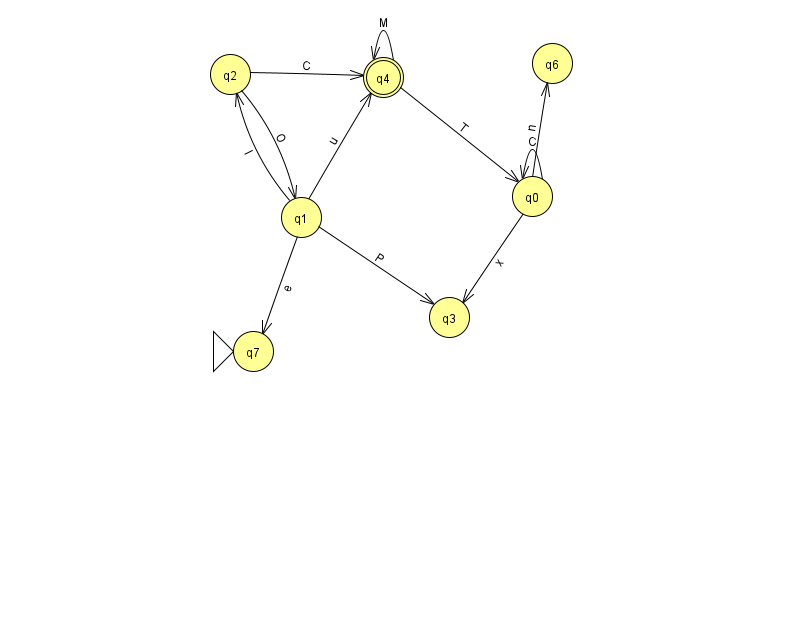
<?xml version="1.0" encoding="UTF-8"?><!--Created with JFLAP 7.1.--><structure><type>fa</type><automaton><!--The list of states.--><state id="0" name="q0"><x>532.0</x><y>183.0</y></state><state id="1" name="q1"><x>301.0</x><y>204.0</y></state><state id="2" name="q2"><x>230.0</x><y>61.0</y></state><state id="3" name="q3"><x>449.0</x><y>304.0</y></state><state id="4" name="q4"><x>383.0</x><y>64.0</y><final/></state><state id="6" name="q6"><x>552.0</x><y>50.0</y></state><state id="7" name="q7"><x>253.0</x><y>338.0</y><initial/></state><!--The list of transitions.--><transition><from>1</from><to>2</to><read>l</read></transition><transition><from>2</from><to>4</to><read>C</read></transition><transition><from>4</from><to>0</to><read>T</read></transition><transition><from>0</from><to>0</to><read>C</read></transition><transition><from>1</from><to>7</to><read>e</read></transition><transition><from>2</from><to>1</to><read>O</read></transition><transition><from>0</from><to>6</to><read>n</read></transition><transition><from>1</from><to>4</to><read>u</read></transition><transition><from>4</from><to>4</to><read>M</read></transition><transition><from>0</from><to>3</to><read>x</read></transition><transition><from>1</from><to>3</to><read>P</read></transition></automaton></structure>